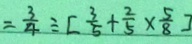
= \frac { 3 } { 4 } \div [ \frac { 3 } { 5 } + \frac { 2 } { 5 } \times \frac { 5 } { 8 } ]